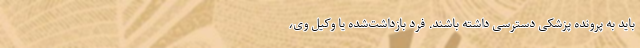
باید به پرونده پزشکی دسترسی داشته باشند. فرد بازداشت‌شده یا وکیل وی،